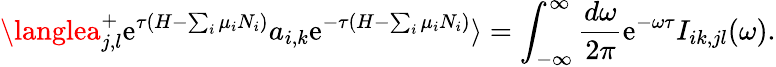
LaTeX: \langlea_{j,l}^{+}\mathrm{e}^{\tau(H-\sum_{i}\mu_{i}N_{i})}a_{i,k}\mathrm{e}^{-\tau(H-\sum_{i}\mu_{i}N_{i})}\rangle=\int_{-\infty}^{\infty}\frac{{d\omega}}{{2\pi}}\mathrm{e}^{-\omega\tau}I_{ik,jl}(\omega).